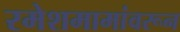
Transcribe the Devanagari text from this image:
रमेशमामांवरून